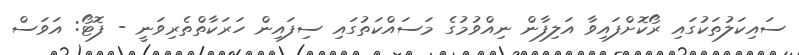
ސައިކަލުތަކުގައި ރޯކޮށްފައިވާ އަލިފާން ނިއްވުމުގެ މަސައްކަތުގައި ސިފައިން ހަރަކާތްތެރިވަނީ - ފޮޓޯ: އަވަސް